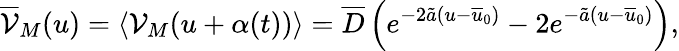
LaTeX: \overline{{\mathcal{V}}}_{M}(u)=\left\langle\mathcal{V}_{M}(u+\alpha(t))\right\rangle=\overline{{D}}\left(e^{-2\tilde{a}(u-\overline{{u}}_{0})}-2e^{-\tilde{a}(u-\overline{{u}}_{0})}\right),